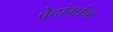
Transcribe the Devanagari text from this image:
वेदांगांचा